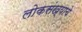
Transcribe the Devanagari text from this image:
लोकसंख्याचे